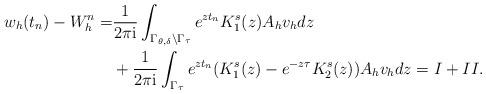
LaTeX: \begin{align*} w_h(t_n) - W_h^n=&\frac{1}{2\pi\mathrm{i}}\int_{\Gamma_{\theta,\delta}\backslash\Gamma_\tau} e^{zt_n} K_1^s(z)A_hv_hdz\\&+\frac{1}{2\pi\mathrm{i}}\int_{\Gamma_\tau} e^{zt_n} (K^s_1(z)-e^{-z\tau} K^s_2(z))A_hv_hdz = I+II.\end{align*}